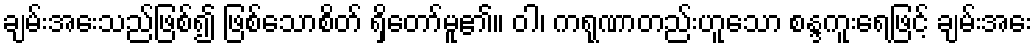
ချမ်းအေးသည်ဖြစ်၍ ဖြစ်သောစိတ် ရှိတော်မူ၏။ ဝါ၊ ကရုဏာတည်းဟူသော စန္ဒကူးရေဖြင့် ချမ်းအေး